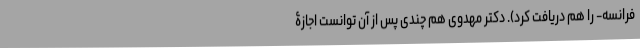
فرانسه- را هم دریافت کرد). دکتر مهدوی هم چندی پس از آن توانست اجازۀ